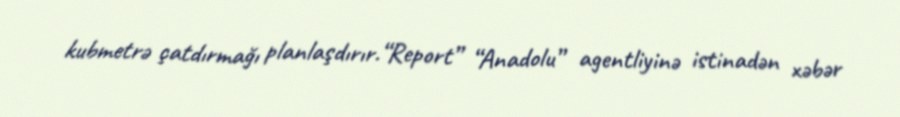
kubmetrə çatdırmağı planlaşdırır.“Report” “Anadolu” agentliyinə istinadən xəbər